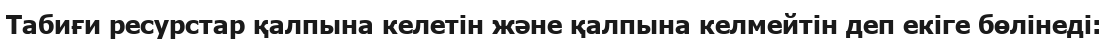
Табиғи ресурстар қалпына келетін және қалпына келмейтін деп екіге бөлінеді: